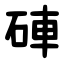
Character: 硨